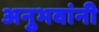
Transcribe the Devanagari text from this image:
अनुभवांनी